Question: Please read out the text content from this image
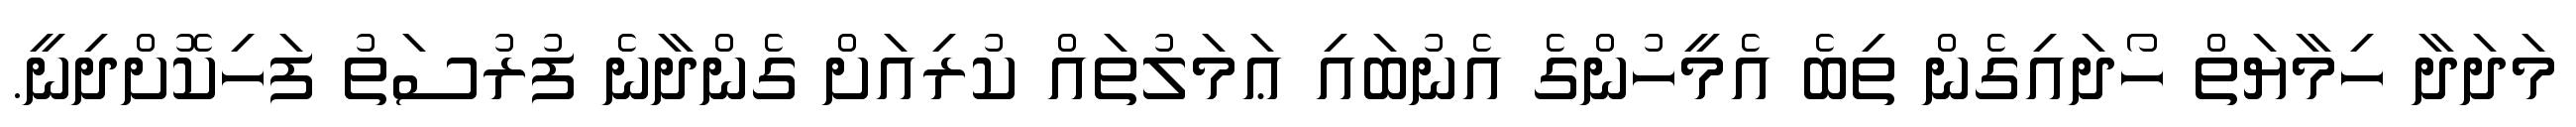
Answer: މަދަދާ ހިމާޔަތް ހޯދައިގެން ތިބެ އެމީހުންގެ އެނުބައި ޢަމަލުތައް ކުރިއަށް ގެންދާނެ ފުރުސަތު ފަހިކޮށްދިނީ.